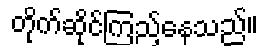
တိုက်ဆိုင်ကြည့်နေသည်။